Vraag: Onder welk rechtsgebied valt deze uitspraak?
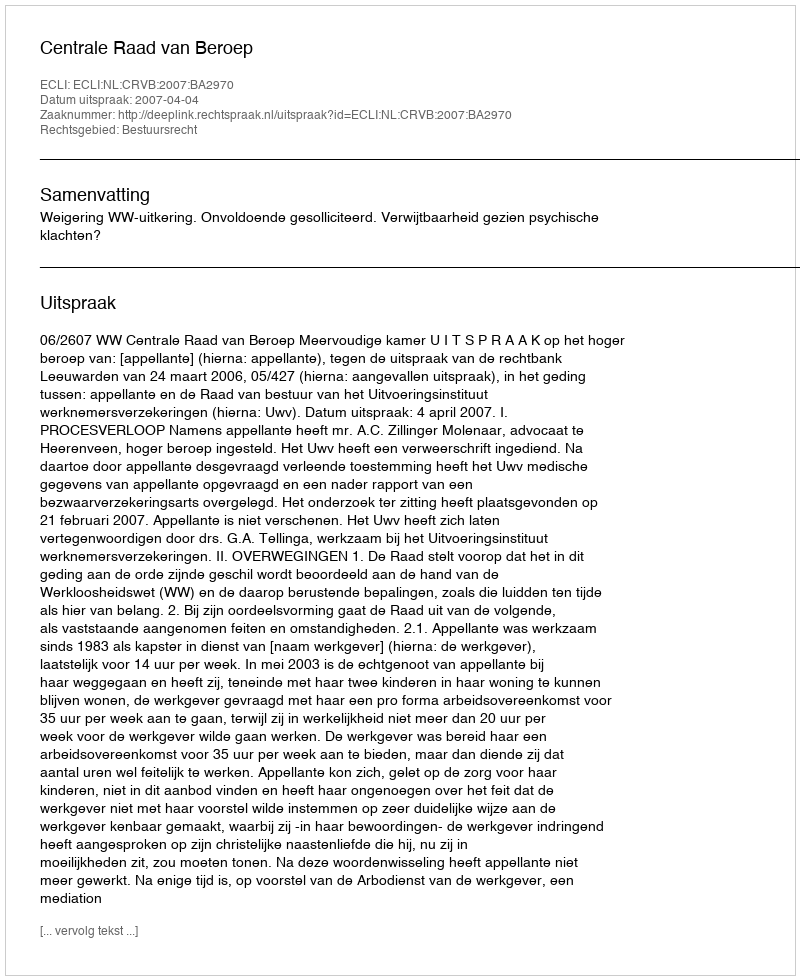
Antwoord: Bestuursrecht